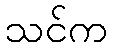
သင်က